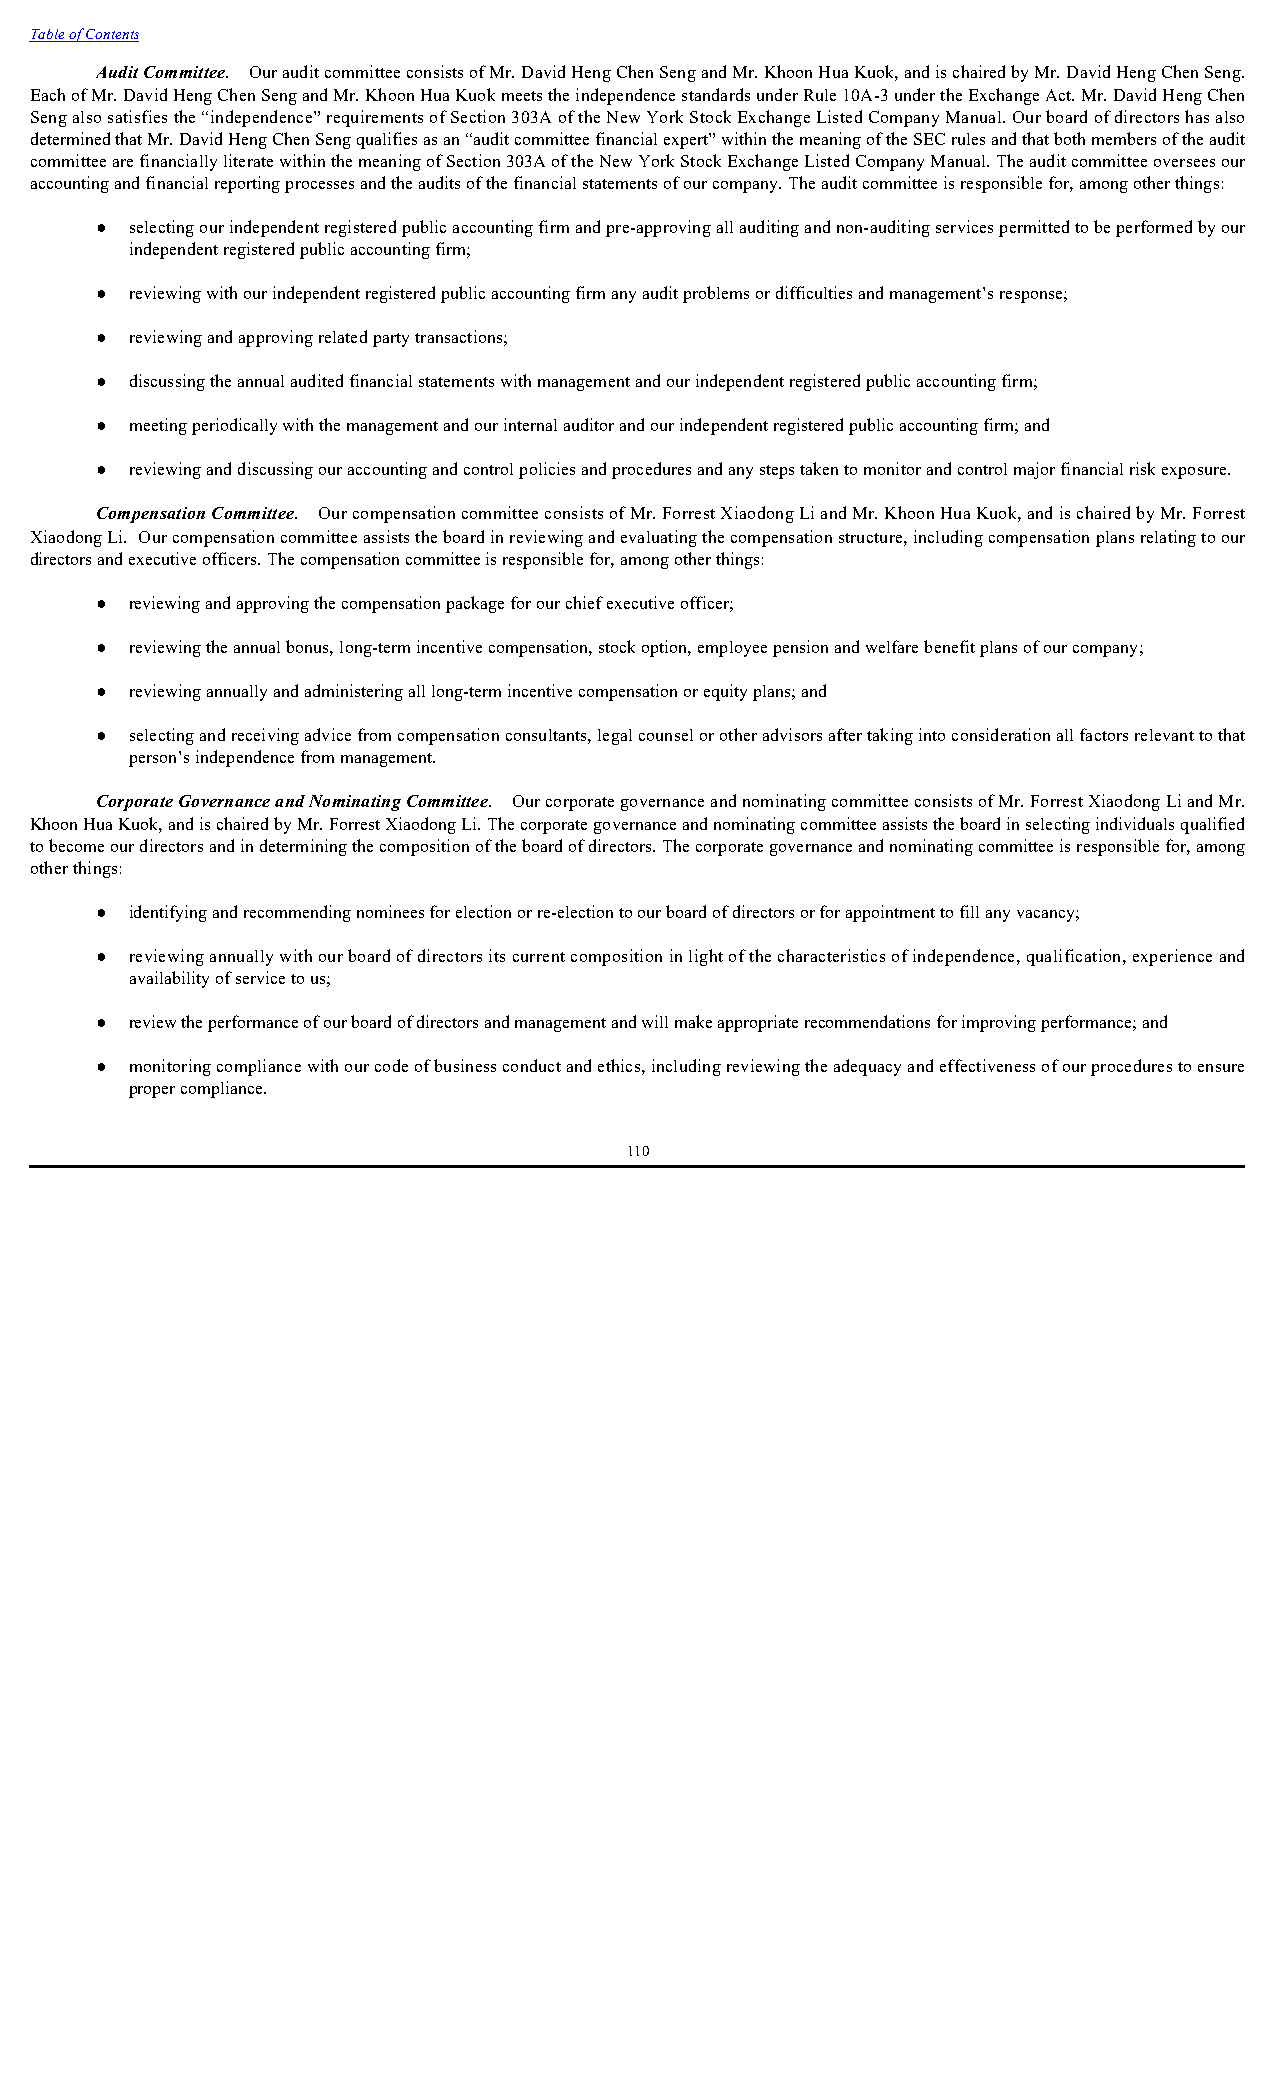
Table of Contents
 Audit Committee. Our audit committee consists of Mr. David Heng Chen Seng and Mr. Khoon Hua Kuok, and is chaired by Mr. David Heng Chen Seng.
 Each of Mr. David Heng Chen Seng and Mr. Khoon Hua Kuok meets the independence standards under Rule 10A-3 under the Exchange Act. Mr. David Heng Chen
 Seng also satisfies the “independence” requirements of Section 303A of the New York Stock Exchange Listed Company Manual. Our board of directors has also
 determined that Mr. David Heng Chen Seng qualifies as an “audit committee financial expert” within the meaning of the SEC rules and that both members of the audit
 committee are financially literate within the meaning of Section 303A of the New York Stock Exchange Listed Company Manual. The audit committee oversees our
 accounting and financial reporting processes and the audits of the financial statements of our company. The audit committee is responsible for, among other things:
 ●  selecting our independent registered public accounting firm and pre-approving all auditing and non-auditing services permitted to be performed by our
 independent registered public accounting firm;
 ●  reviewing with our independent registered public accounting firm any audit problems or difficulties and management’s response;
 ●  reviewing and approving related party transactions;
 ●  discussing the annual audited financial statements with management and our independent registered public accounting firm;
 ●  meeting periodically with the management and our internal auditor and our independent registered public accounting firm; and
 ●  reviewing and discussing our accounting and control policies and procedures and any steps taken to monitor and control major financial risk exposure.
 Compensation Committee. Our compensation committee consists of Mr. Forrest Xiaodong Li and Mr. Khoon Hua Kuok, and is chaired by Mr. Forrest
 Xiaodong Li. Our compensation committee assists the board in reviewing and evaluating the compensation structure, including compensation plans relating to our
 directors and executive officers. The compensation committee is responsible for, among other things:
 ●  reviewing and approving the compensation package for our chief executive officer;
 ●  reviewing the annual bonus, long-term incentive compensation, stock option, employee pension and welfare benefit plans of our company;
 ●  reviewing annually and administering all long-term incentive compensation or equity plans; and
 ●  selecting and receiving advice from compensation consultants, legal counsel or other advisors after taking into consideration all factors relevant to that
 person’s independence from management.
 Corporate Governance and Nominating Committee. Our corporate governance and nominating committee consists of Mr. Forrest Xiaodong Li and Mr.
 Khoon Hua Kuok, and is chaired by Mr. Forrest Xiaodong Li. The corporate governance and nominating committee assists the board in selecting individuals qualified
 to become our directors and in determining the composition of the board of directors. The corporate governance and nominating committee is responsible for, among
 other things:
 ●  identifying and recommending nominees for election or re-election to our board of directors or for appointment to fill any vacancy;
 ●  reviewing annually with our board of directors its current composition in light of the characteristics of independence, qualification, experience and
 availability of service to us;
 ●  review the performance of our board of directors and management and will make appropriate recommendations for improving performance; and
 ●  monitoring compliance with our code of business conduct and ethics, including reviewing the adequacy and effectiveness of our procedures to ensure
 proper compliance.
 110